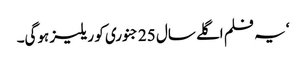
‘ یہ فلم اگلے سال 25 جنوری کو ریلیز ہوگی۔